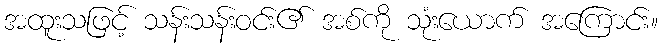
အထူးသဖြင့် သန်းသန်းဝင်း၏ အစ်ကို သုံးယောက် အကြောင်း။